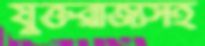
যুক্তরাজ্যসহ